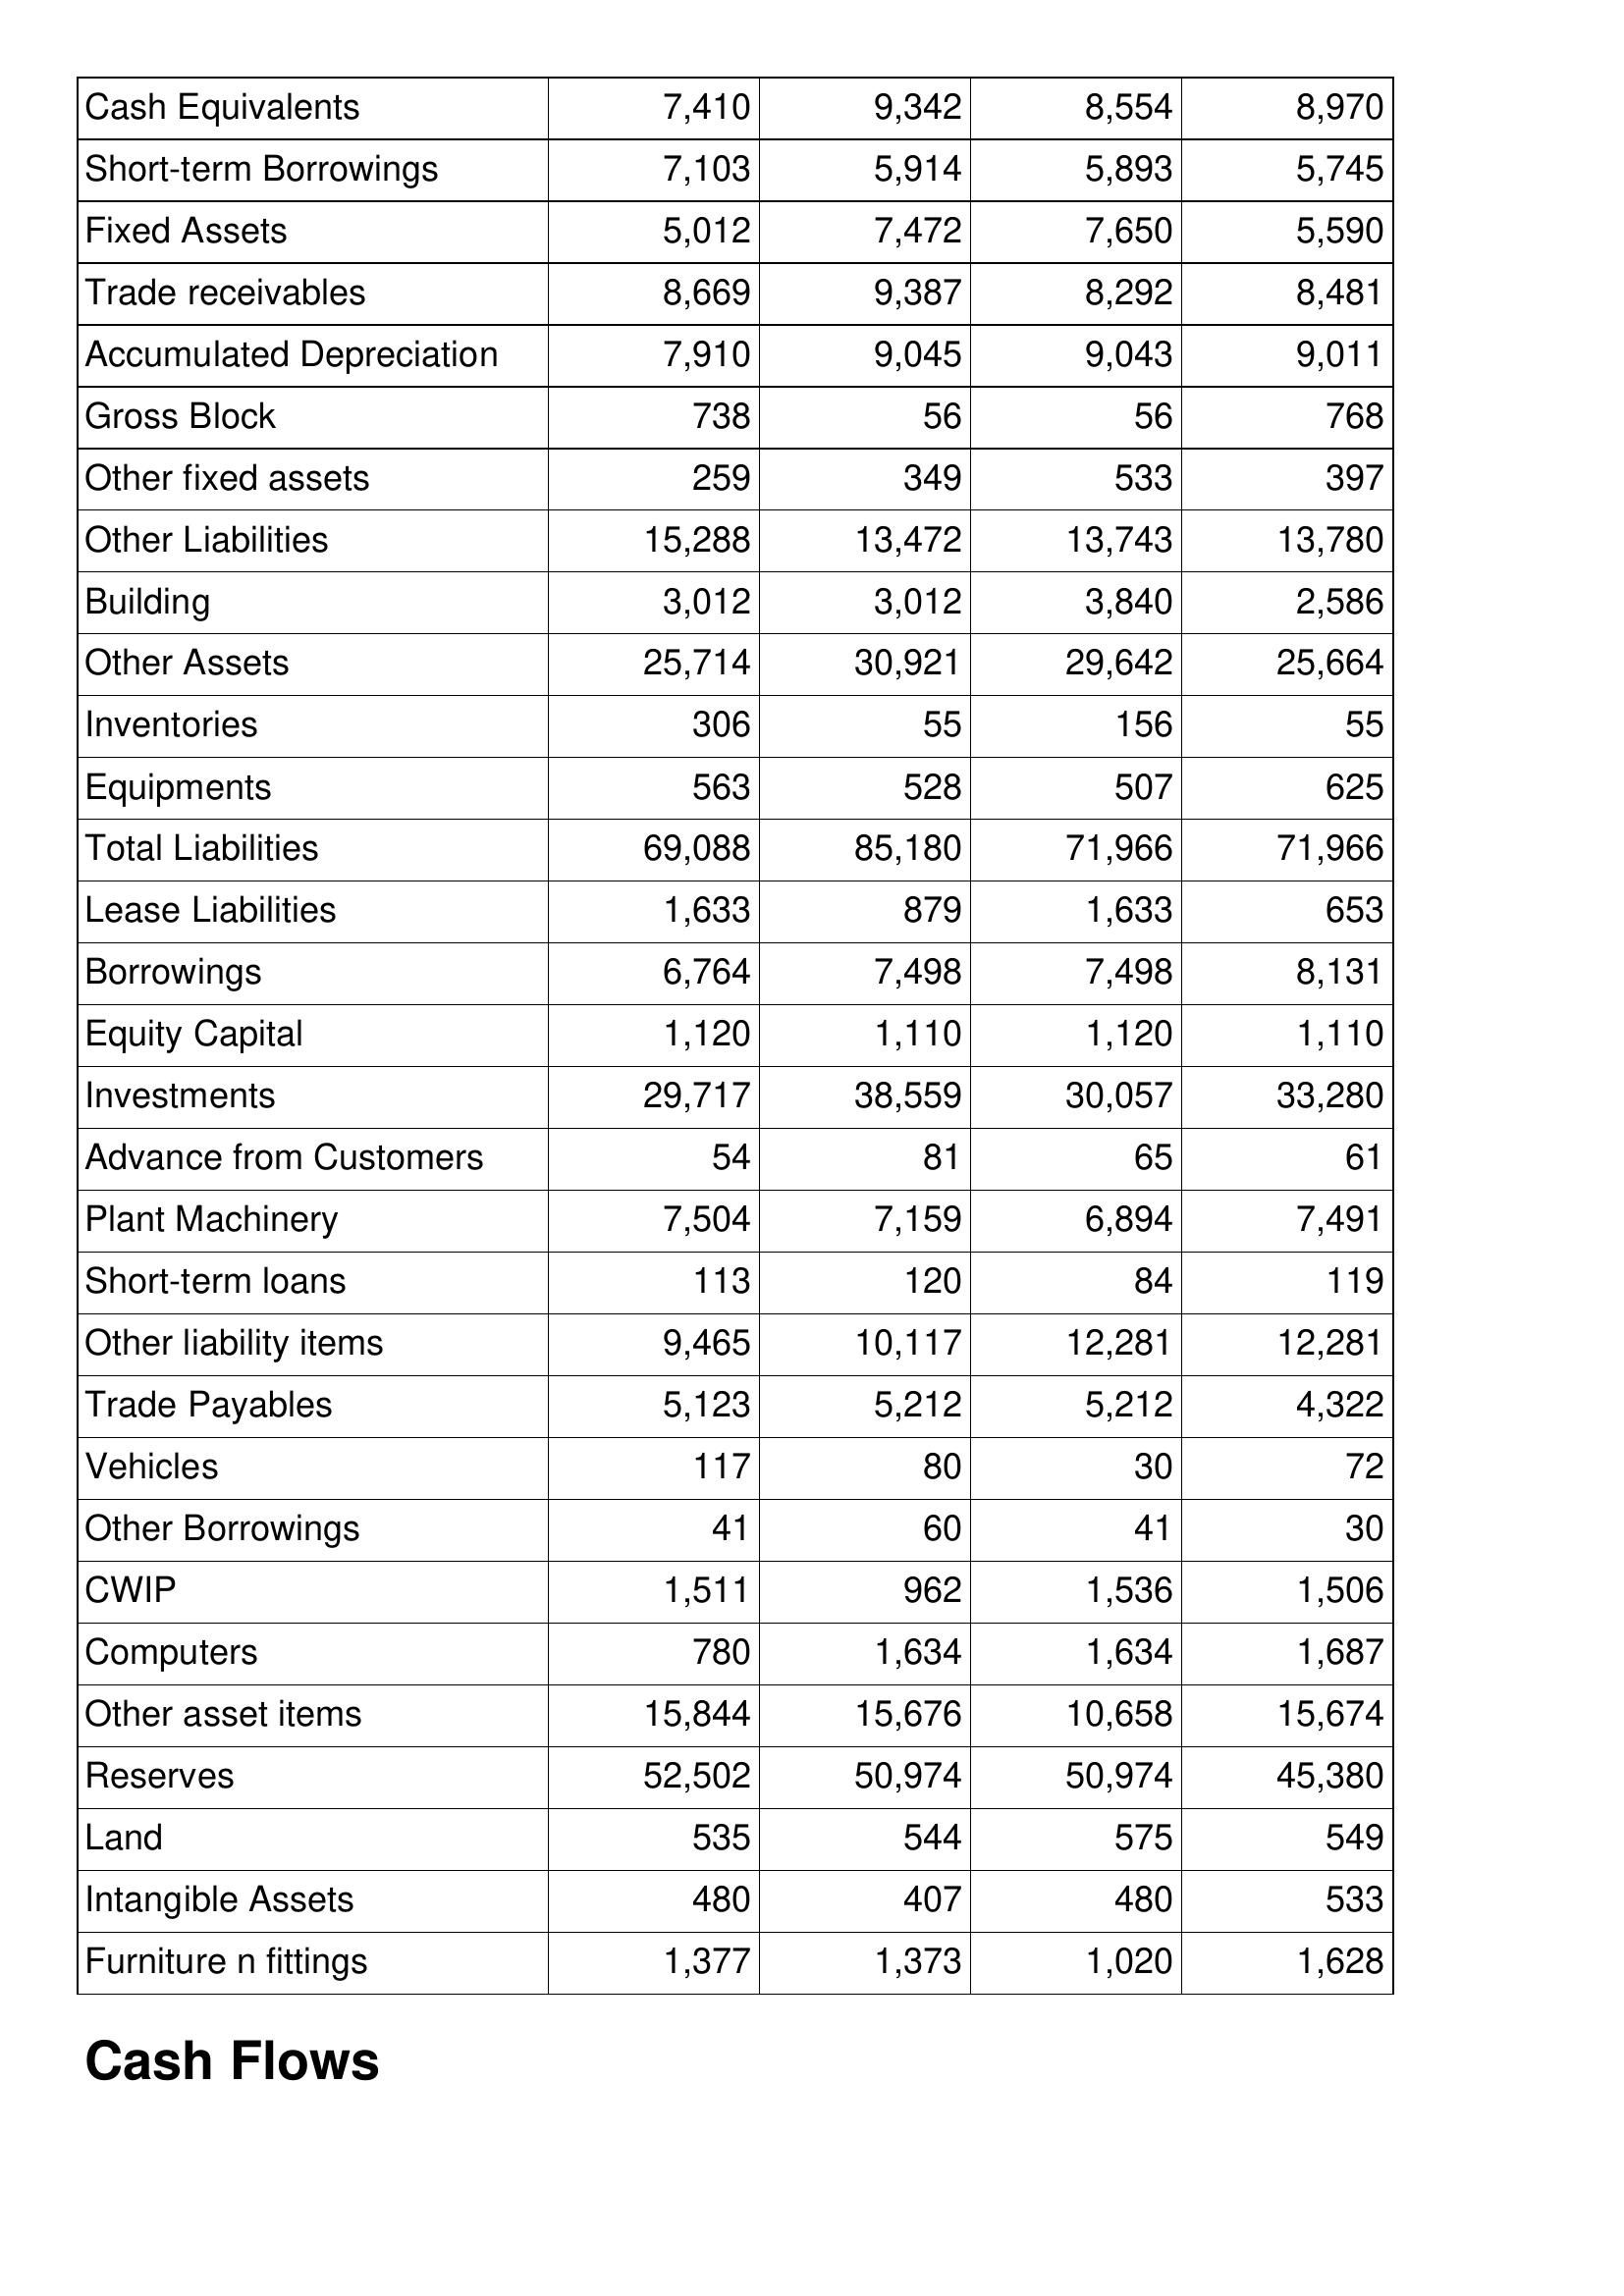
May-13: Balance Sheet: Cash Equivalents: 7,410
Short-term Borrowings: 7,103
Fixed Assets: 5,012
Trade receivables: 8,669
Accumulated Depreciation: 7,910
Gross Block: 738
Other fixed assets: 259
Other Liabilities: 15,288
Building: 3,012
Other Assets: 25,714
Inventories: 306
Equipments: 563
Total Liabilities: 69,088
Lease Liabilities: 1,633
Borrowings: 6,764
Equity Capital: 1,120
Investments: 29,717
Advance from Customers: 54
Plant Machinery: 7,504
Short-term loans: 113
Other liability items: 9,465
Trade Payables: 5,123
Vehicles: 117
Other Borrowings: 41
CWIP: 1,511
Computers: 780
Other asset items: 15,844
Reserves: 52,502
Land: 535
Intangible Assets: 480
Furniture n fittings: 1,377
May-14: Balance Sheet: Cash Equivalents: 9,342
Short-term Borrowings: 5,914
Fixed Assets: 7,472
Trade receivables: 9,387
Accumulated Depreciation: 9,045
Gross Block: 56
Other fixed assets: 349
Other Liabilities: 13,472
Building: 3,012
Other Assets: 30,921
Inventories: 55
Equipments: 528
Total Liabilities: 85,180
Lease Liabilities: 879
Borrowings: 7,498
Equity Capital: 1,110
Investments: 38,559
Advance from Customers: 81
Plant Machinery: 7,159
Short-term loans: 120
Other liability items: 10,117
Trade Payables: 5,212
Vehicles: 80
Other Borrowings: 60
CWIP: 962
Computers: 1,634
Other asset items: 15,676
Reserves: 50,974
Land: 544
Intangible Assets: 407
Furniture n fittings: 1,373
May-15: Balance Sheet: Cash Equivalents: 8,554
Short-term Borrowings: 5,893
Fixed Assets: 7,650
Trade receivables: 8,292
Accumulated Depreciation: 9,043
Gross Block: 56
Other fixed assets: 533
Other Liabilities: 13,743
Building: 3,840
Other Assets: 29,642
Inventories: 156
Equipments: 507
Total Liabilities: 71,966
Lease Liabilities: 1,633
Borrowings: 7,498
Equity Capital: 1,120
Investments: 30,057
Advance from Customers: 65
Plant Machinery: 6,894
Short-term loans: 84
Other liability items: 12,281
Trade Payables: 5,212
Vehicles: 30
Other Borrowings: 41
CWIP: 1,536
Computers: 1,634
Other asset items: 10,658
Reserves: 50,974
Land: 575
Intangible Assets: 480
Furniture n fittings: 1,020
May-16: Balance Sheet: Cash Equivalents: 8,970
Short-term Borrowings: 5,745
Fixed Assets: 5,590
Trade receivables: 8,481
Accumulated Depreciation: 9,011
Gross Block: 768
Other fixed assets: 397
Other Liabilities: 13,780
Building: 2,586
Other Assets: 25,664
Inventories: 55
Equipments: 625
Total Liabilities: 71,966
Lease Liabilities: 653
Borrowings: 8,131
Equity Capital: 1,110
Investments: 33,280
Advance from Customers: 61
Plant Machinery: 7,491
Short-term loans: 119
Other liability items: 12,281
Trade Payables: 4,322
Vehicles: 72
Other Borrowings: 30
CWIP: 1,506
Computers: 1,687
Other asset items: 15,674
Reserves: 45,380
Land: 549
Intangible Assets: 533
Furniture n fittings: 1,628